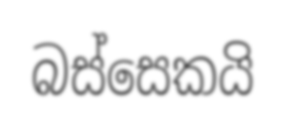
බස්සෙකයි